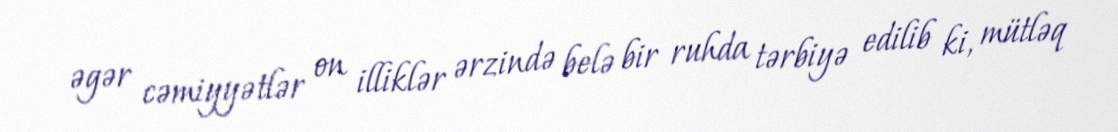
əgər cəmiyyətlər on illiklər ərzində belə bir ruhda tərbiyə edilib ki, mütləq